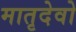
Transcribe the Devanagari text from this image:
मातृदेवो